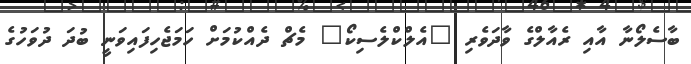
ބާސެލޯނާ އާއި ރެއާލްގެ ވާދަވެރި "އެލްކްލެސިކޯ" މެޗް ދެއްކުމަށް ހަމަޖެހިފައިވަނީ ބުދަ ދުވަހުގެ